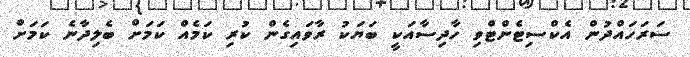
ސަރަހައްދުން އެކްސިޓެންޓްވި ހާދިސާއަކީ ބަޔަކު ރާވައިގެން ކުރި ކަމެއް ކަމަށް ބެލިދާނެ ކަމަށް